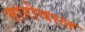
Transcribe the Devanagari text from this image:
तारोवाल